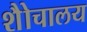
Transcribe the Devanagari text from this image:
शैोचालय